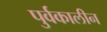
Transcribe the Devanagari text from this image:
पुर्वकालीन